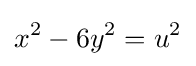
x^{2}-6y^{2}=u^{2}